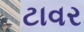
ટાવર